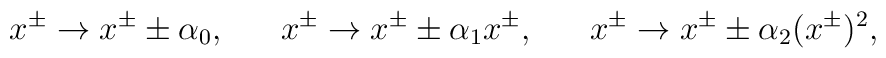
x^{\pm}\rightarrow x^{\pm}\pm\alpha_0,~~~~~x^{\pm}\rightarrow x^{\pm}\pm\alpha_1x^{\pm},~~~~~x^{\pm}\rightarrow x^{\pm}\pm\alpha_2(x^{\pm})^2,